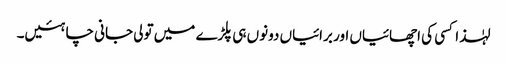
لہٰذا کسی کی اچھائیاں اور برائیاں دونوں ہی پلڑے میں تولی جانی چاہئیں۔